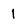
Character: I